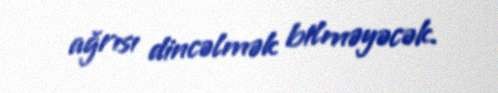
ağrısı dincəlmək bilməyəcək.